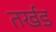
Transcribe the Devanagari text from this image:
तर्खड